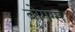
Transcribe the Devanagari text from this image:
बोगग्स